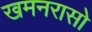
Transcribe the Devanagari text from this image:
खमनरासो